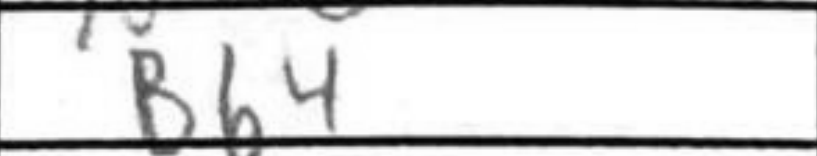
Transcription: Bb4